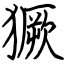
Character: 獗